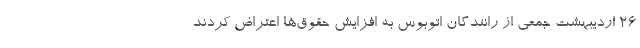
۲۶ اردیبهشت جمعی از رانندگان اتوبوس به افزایش حقوق‌ها اعتراض کردند